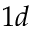
1 d